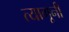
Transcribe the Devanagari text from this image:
त्यागूनी